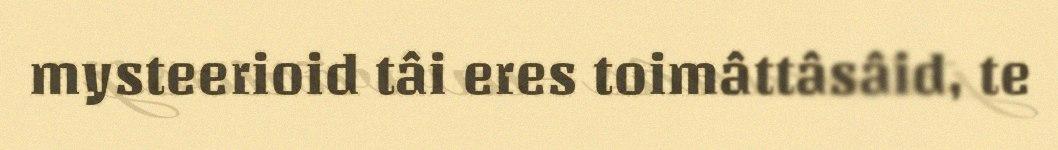
mysteerioid tâi eres toimâttâsâid, te